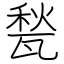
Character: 甃